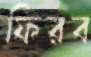
ফিরব